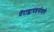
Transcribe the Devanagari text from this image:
पॅराग्लायडर्समागे